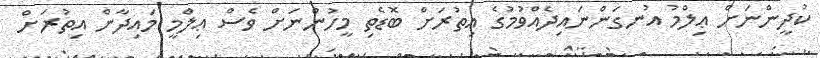
ކުދީންނަށް ޢިލްމު އުނގަންނައިދެއްވުމުގެ އިތުރަށް ބޮޑެތި މީހުންނަށް ވެސް ޢިލްމީ މައިދާން އިތުރަށް